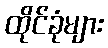
ထိုင်ခုံများ